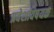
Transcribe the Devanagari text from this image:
प्रवेशविषयक